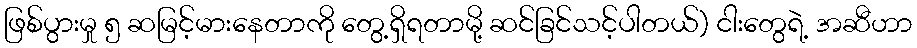
ဖြစ်ပွားမှု ၅ ဆမြင့်မားနေတာကို တွေ့ရှိရတာမို့ ဆင်ခြင်သင့်ပါတယ်) ငါးတွေရဲ့ အဆီဟာ